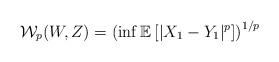
LaTeX: \begin{align*}\mathcal{W}_p(W, Z) = \left(\inf \mathbb{E} \left[ |X_1 - Y_1|^p \right]\right)^{1/p}\end{align*}